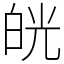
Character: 㿠